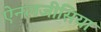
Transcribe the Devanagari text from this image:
ऐनलजीसिया